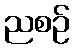
ညစဉ်